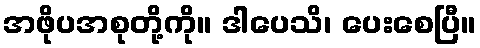
အဖိုပအစုတို့ကို။ ဒါပေသိ၊ ပေးစေပြီ။